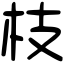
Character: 枝